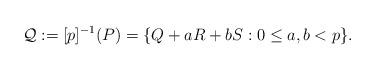
LaTeX: \begin{align*}\mathcal{Q}:=[p]^{-1}(P)=\{Q+aR + bS : 0\leq a,b < p\}.\end{align*}